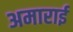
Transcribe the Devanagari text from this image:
अमाराई